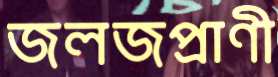
জলজপ্রাণী